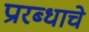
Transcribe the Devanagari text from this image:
प्रारब्धाचे